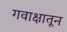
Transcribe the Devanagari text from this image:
गवाक्षातून